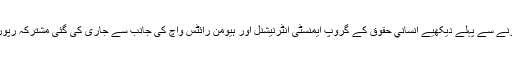
ڈرون حملوں کے تنازع پر بات کرنے سے پہلے ديکھيے انساني حقوق کے گروپ ایمنسٹی انٹرنیشنل اور ہیومن رائٹس واچ کی جانب سے جاری کی گئی مشترکہ رپورٹ پر عارف شميم کي يہ رپورٹ۔